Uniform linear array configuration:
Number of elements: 32
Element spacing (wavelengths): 0.75
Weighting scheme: binomial
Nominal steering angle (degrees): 30
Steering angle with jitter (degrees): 28.584
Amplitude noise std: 0.05
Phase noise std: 0.05

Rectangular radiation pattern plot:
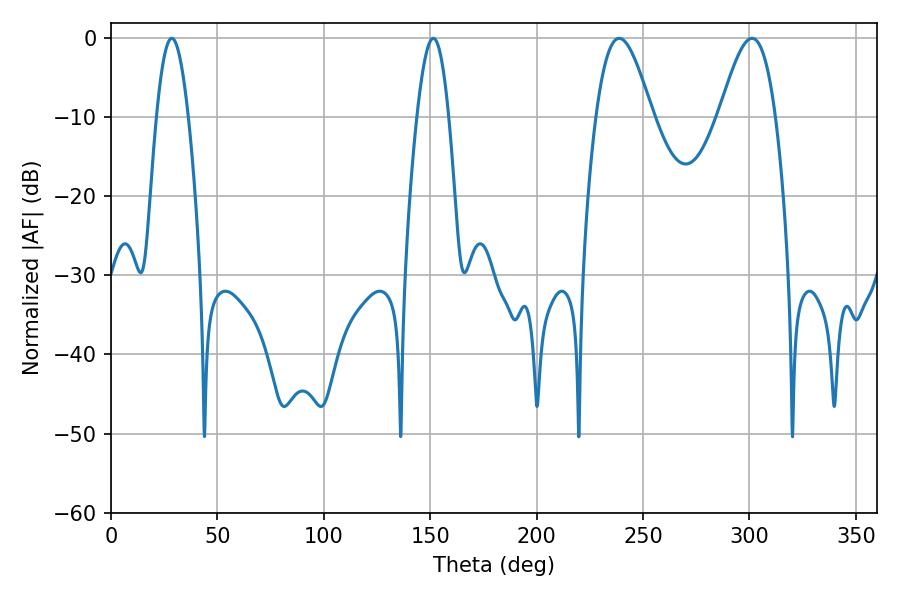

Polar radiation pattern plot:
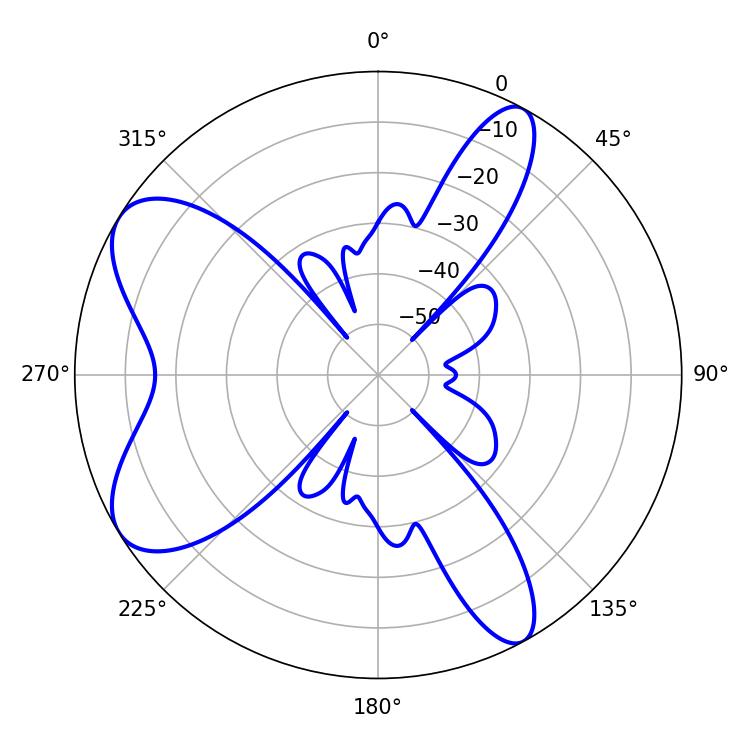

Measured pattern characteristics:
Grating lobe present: TRUE
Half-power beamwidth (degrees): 14.04
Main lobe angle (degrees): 238.86